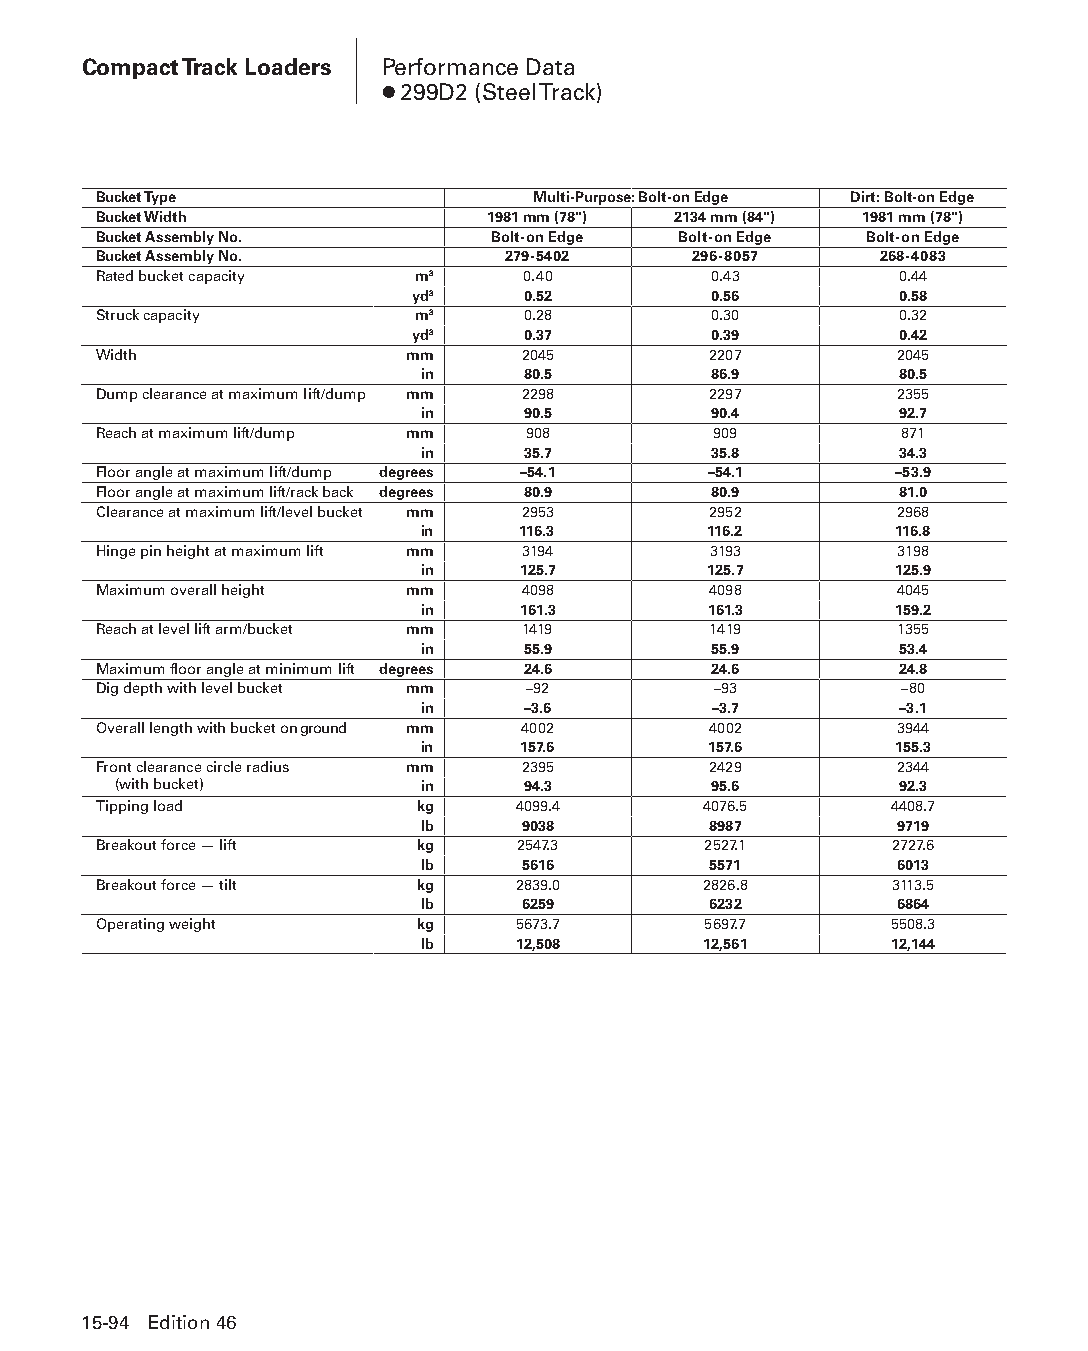
Compact Track Loaders Performance Data
 ● 299D2 (Steel Track)
 Bucket Type                  Multi-Purpose: Bolt-on Edge Dirt: Bolt-on Edge
 Bucket Width              1981 mm (78") 2134 mm (84") 1981 mm (78")
 Bucket Assembly No.       Bolt-on Edge Bolt-on Edge Bolt-on Edge
 Bucket Assembly No.        279-5402    296-8057     268-4083
 Rated bucket capacity m3    0.40        0.43         0.44
 yd3    0.52        0.56         0.58
 Struck capacity      m3     0.28        0.30         0.32
 yd3    0.37        0.39         0.42
 Width               mm      2045        2207         2045
 in     80.5        86.9         80.5
 Dump clearance at maximum lift/dump mm 2298 2297     2355
 in     90.5        90.4         92.7
 Reach at maximum lift/dump mm 908        909         871
 in     35.7        35.8         34.3
 Floor angle at maximum lift/dump degrees –54.1 –54.1 –53.9
 Floor angle at maximum lift/rack back degrees 80.9 80.9 81.0
 Clearance at maximum lift/level bucket mm 2953 2952  2968
 in     116.3       116.2        116.8
 Hinge pin height at maximum lift mm 3194 3193        3198
 in     125.7       125.7        125.9
 Maximum overall height mm   4098        4098         4045
 in     161.3       161.3        159.2
 Reach at level lift arm/bucket mm 1419  1419         1355
 in     55.9        55.9         53.4
 Maximum floor angle at minimum lift degrees 24.6 24.6 24.8
 Dig depth with level bucket mm –92       –93         –80
 in     –3.6        –3.7         –3.1
 Overall length with bucket on ground mm 4002 4002    3944
 in     157.6       157.6        155.3
 Front clearance circle radius mm 2395   2429         2344
 (with bucket)       in     94.3        95.6         92.3
 Tipping load         kg    4099.4       4076.5      4408.7
 lb     9038        8987         9719
 Breakout force — lift kg    2547.3      2527.1      2727.6
 lb     5616        5571         6013
 Breakout force — tilt kg   2839.0       2826.8      3113.5
 lb     6259        6232         6864
 Operating weight     kg    5673.7       5697.7      5508.3
 lb    12,508       12,561      12,144
 15-94 Edition 46
 PPHHBB--SSeecc1155--1166..iinndddd 9944                        1122//44//1155 1100::5511 AAMM